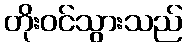
တိုးဝင်သွားသည်